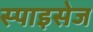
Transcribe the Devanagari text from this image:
स्पाइसेज